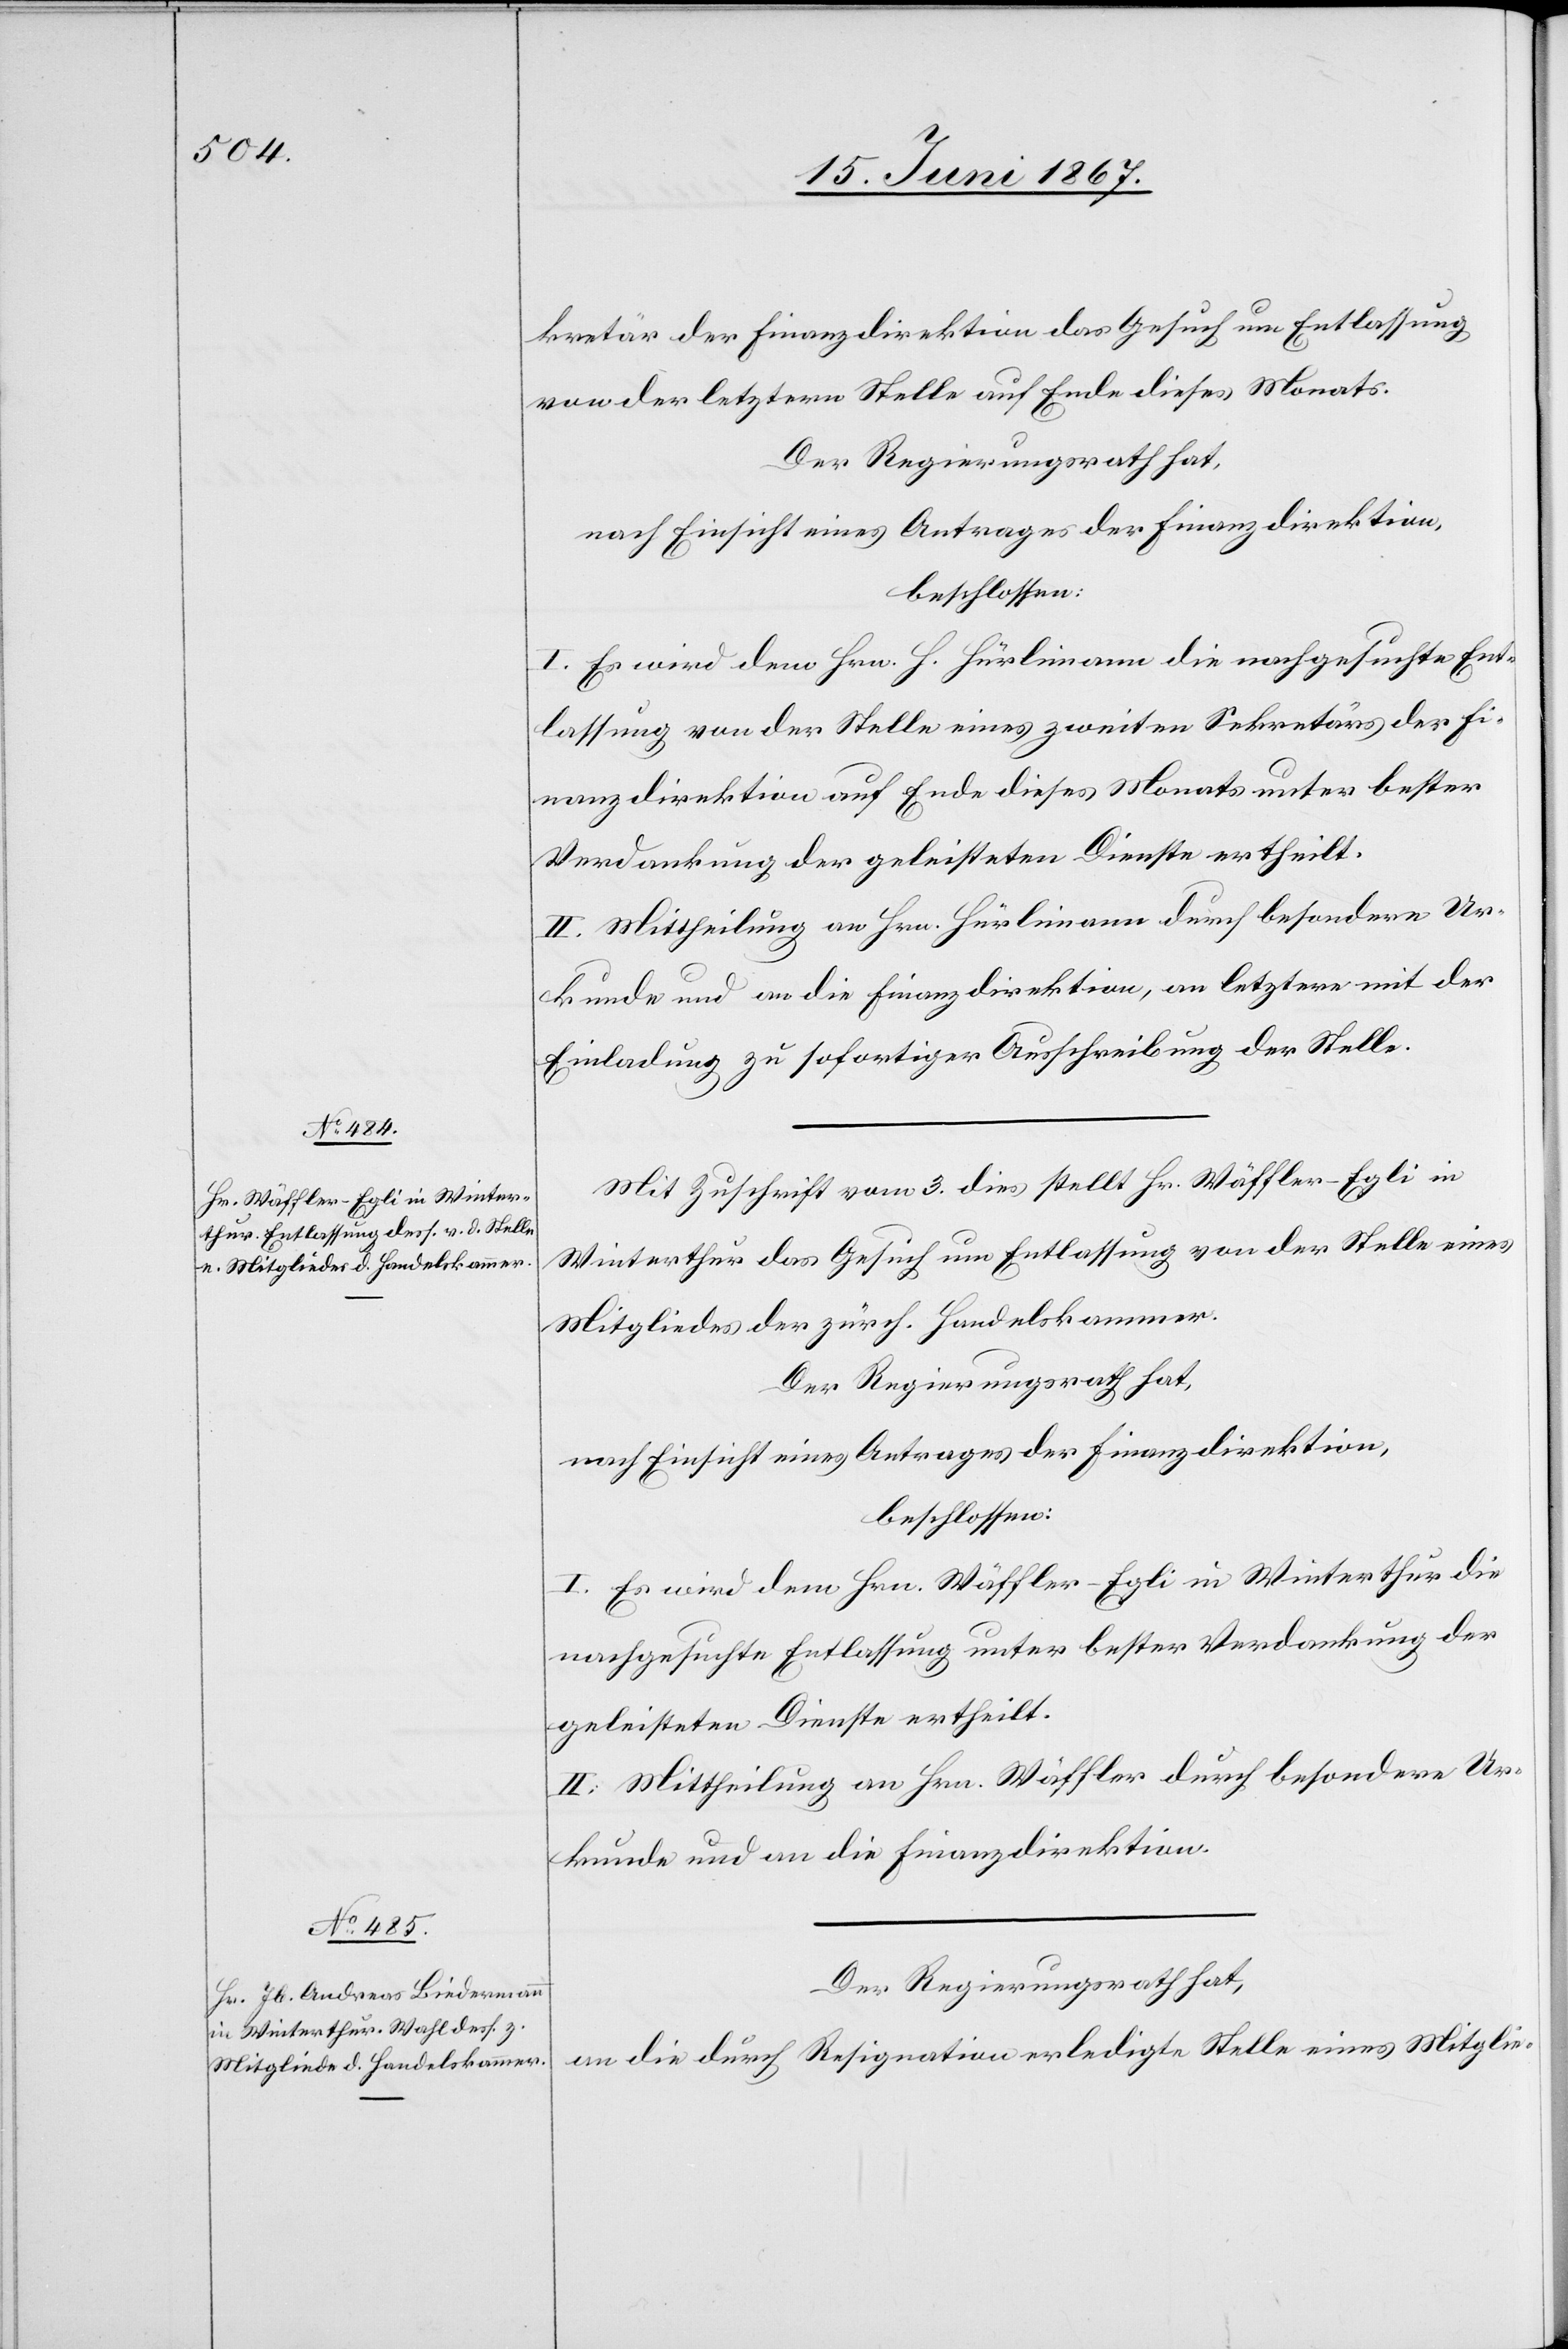
kretär der Finanzdirektion das Gesuch um Entlassung
von der letztern Stelle auf Ende dieses Monats.
Der Regierungsrath hat,
nach Einsicht eines Antrages der Finanzdirektion,
beschlossen:
I. Es wird dem Hrn. H. Hürlimann die nachgesuchte Ent¬
lassung von der Stelle eines zweiten Sekretärs der Fi¬
nanzdirektion auf Ende dieses Monats unter bester
Verdankung der geleisteten Dienste ertheilt.
II. Mittheilung an Hrn. Hürlimann durch besondere Ur¬
kunde und an die Finanzdirektion, an letztere mit der
Einladung zu sofortiger Ausschreibung der Stelle.
Mit Zuschrift vom 3. dies stellt Hr. Wäffler-Egli in
Winterthur das Gesuch um Entlassung von der Stelle eines
Mitgliedes der zürch. Handelskammer.
Der Regierungsrath hat,
nach Einsicht eines Antrages der Finanzdirektion,
beschlossen:
I. Es wird dem Hrn. Wäffler-Egli in Winterthur die
nachgesuchte Entlassung unter bester Verdankung der
geleisteten Dienste ertheilt.
II. Mittheilung an Hrn. Wäffler durch besondere Ur¬
kunde und an die Finanzdirektion.
Der Regierungsrath hat,
an die durch Resignation erledigte Stelle eines Mitglie-